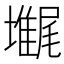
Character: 𡓋